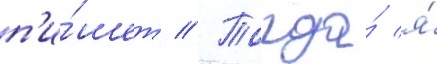
п'и́шет // Тогда́ я́